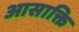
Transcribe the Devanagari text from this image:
आसाक्ति